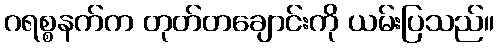
ဂရစ္စနက်က တုတ်တချောင်းကို ယမ်းပြသည်။